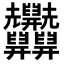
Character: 𦧄